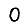
Digit: 0